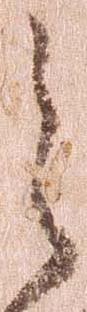
之